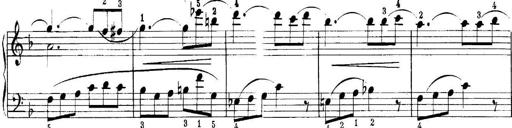
Title: Quatres sonatines
Composer: Tadeusz Joteyko